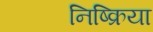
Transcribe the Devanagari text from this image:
निष्‍क्रिया